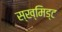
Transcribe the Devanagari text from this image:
स्ख्मिड्ट